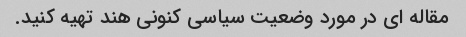
مقاله ای در مورد وضعیت سیاسی کنونی هند تهیه کنید.